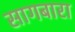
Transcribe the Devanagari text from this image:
सागबारा